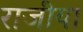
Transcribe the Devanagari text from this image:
राजीया